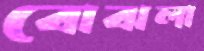
বোঝলা